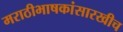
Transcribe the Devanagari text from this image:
मराठीभाषकांसारखीच